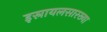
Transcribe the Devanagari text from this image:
इस्रायलसारख्या